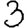
Digit: 3